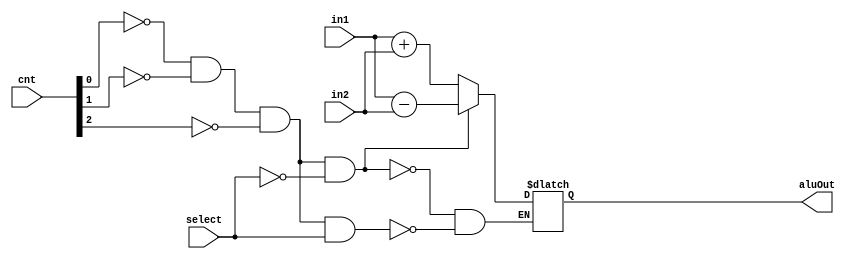
module alu(input select, input [2:0] cnt,input [7:0] in1,input [7:0] in2,output reg [7:0] aluOut);

  always @(cnt) begin
    if((~cnt[0])&(~cnt[1])&(~cnt[2])&select) begin
      aluOut = in1 + in2;
    end

    if((~cnt[0])&(~cnt[1])&(~cnt[2])&(~select)) begin
      aluOut = in1 - in2;
    end
  end

endmodule